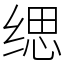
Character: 缌